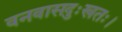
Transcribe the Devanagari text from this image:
वनवासदुःखतः।